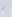
تم